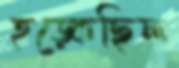
হড়্‌কেছিল